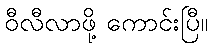
ဝီလီလာဖို့ ကောင်းပြီ။